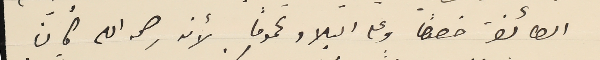
الطائفة خصوصاً وعلى البلاد عمومًا . لأنه رحمه الله كان